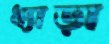
ধ্যাড়া